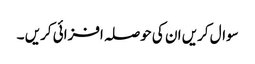
سوال کریں ان کی حوصلہ افزائی کریں ۔